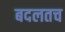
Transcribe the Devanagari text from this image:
बदलतच